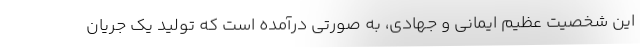
این شخصیت عظیم ایمانی و جهادی، به صورتی درآمده است که تولید یک جریان